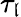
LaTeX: \tau_{\mathfrak{l}}